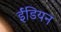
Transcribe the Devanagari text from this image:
ईंडियन